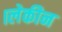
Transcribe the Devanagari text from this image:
।लेकीन